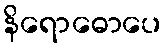
နိရောဓောပေ